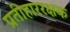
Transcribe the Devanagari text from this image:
प्रतीहाररक्षक